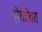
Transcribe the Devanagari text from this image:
होरोदोतस